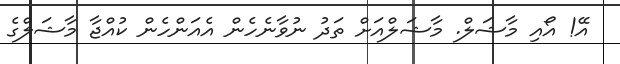
އޭ! އޯއި މާޝަލް. މާޝަލްއަށް ތަދު ނުވާނެހެން އެއަންހެން ކުއްޖާ މާޝަލްގެ